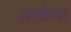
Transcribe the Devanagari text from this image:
ज़लोगा